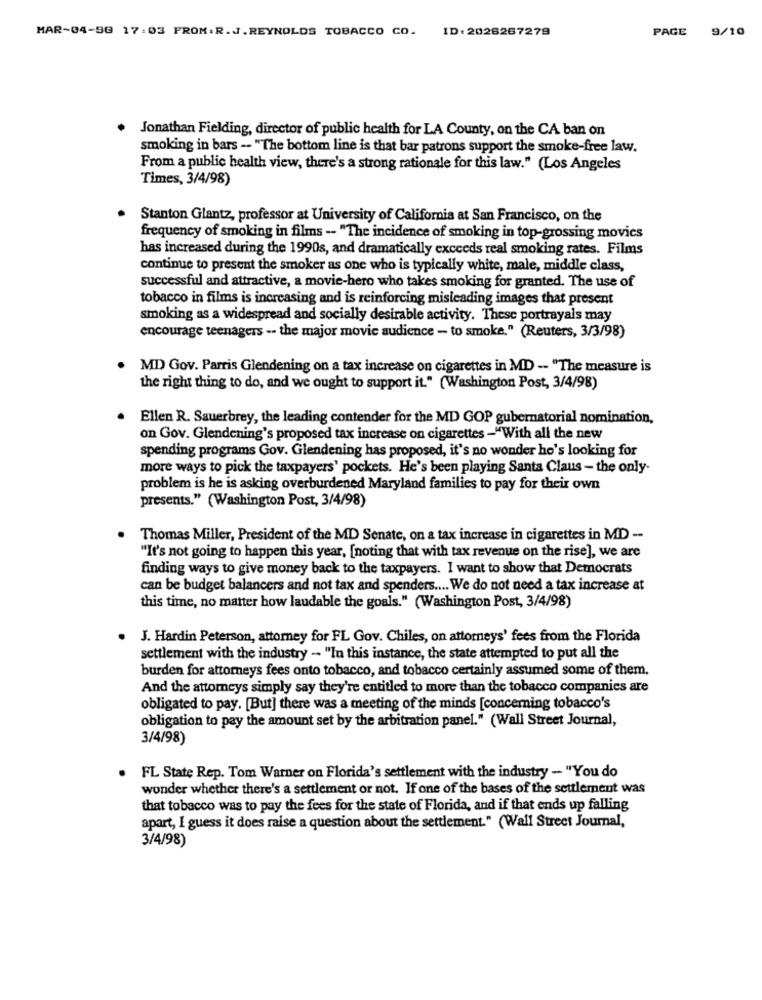
MAR-04-58 17:03 FROM.R.J.REYNOLDS TOBACCO CO. ID: 2026267279
PAGE 9/10
Jonathan Fielding, director of public health for LA County, on the CA ban on
smoking in bars -- "The bottom line is that bar patrons support the smoke-free law.
From a public health view, there's a strong rationale for this law." (Los Angeles
Times, 3/4/98)
Stanton Glantz, professor at University of California at San Francisco, on the
frequency of smoking in films -- "The incidence of smoking in top-grossing movies
has increased during the 1990s, and dramatically exceeds real smoking rates. Films
continue to present the smoker as one who is typically white, male, middle class,
successful and attractive, a movie-hero who takes smoking for granted. The use of
tobacco in films is increasing and is reinforcing misleading images that present
smoking as a widespread and socially desirable activity. These portrayals may
encourage teenagers -- the major movie audience - to smoke." (Reuters, 3/3/98)
MD Gov. Parris Glendening on a tax increase on cigarettes in MD -- "The measure is
the right thing to do, and we ought to support it." (Washington Post, 3/4/98)
Ellen R. Sauerbrey, the leading contender for the MD GOP gubernatorial nomination,
on Gov. Glendening's proposed tax increase on cigarettes -"With all the new
spending programs Gov. Glendening has proposed, it's no wonder he's looking for
more ways to pick the taxpayers' pockets. He's been playing Santa Claus - the only.
problem is he is asking overburdened Maryland families to pay for their own
presents." (Washington Post, 3/4/98)
Thomas Miller, President of the MD Senate, on a tax increase in cigarettes in MD --
"It's not going to happen this year, [noting that with tax revenue on the rise], we are
finding ways to give money back to the taxpayers. I want to show that Democrats
can be budget balancers and not tax and spenders .... We do not need a tax increase at
this time, no matter how laudable the goals." (Washington Post, 3/4/98)
J. Hardin Peterson, attorney for FL Gov. Chiles, on attorneys' fees from the Florida
settlement with the industry .. "In this instance, the state attempted to put all the
burden for attorneys fees onto tobacco, and tobacco certainly assumed some of them.
And the attorneys simply say they're entitled to more than the tobacco companies are
obligated to pay. [But] there was a meeting of the minds [concerning tobacco's
obligation to pay the amount set by the arbitration panel." (Wall Street Journal,
3/4/98)
FL State Rep. Tom Warner on Florida's settlement with the industry - "You do
wonder whether there's a settlement or not. If one of the bases of the settlement was
that tobacco was to pay the fees for the state of Florida, and if that ends up falling
apart, I guess it does raise a question about the settlement." (Wall Street Journal,
3/4/98)